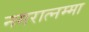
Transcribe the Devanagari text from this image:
नगरात्नम्मा